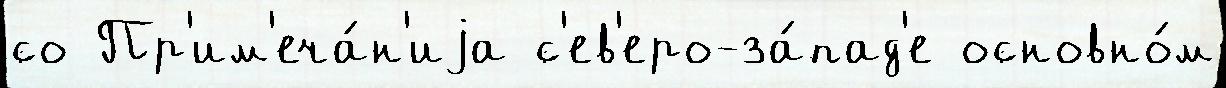
со Пр'им'еча́н'иjа с'ев'еро-за́пад'е основно́м